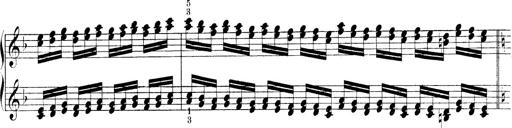
Title: Technische Studien
Composer: Franz Liszt